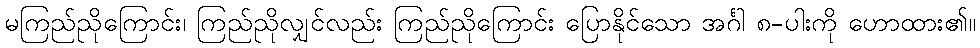
မကြည်ညိုကြောင်း၊ ကြည်ညိုလျှင်လည်း ကြည်ညိုကြောင်း ပြောနိုင်သော အင်္ဂါ ၈-ပါးကို ဟောထား၏။